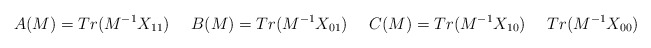
\begin{align*}A(M) = Tr(M^{-1}X_{11}) \ \ \ \ B(M) = Tr(M^{-1}X_{01}) \ \ \ \ C(M) = Tr(M^{-1}X_{10}) \ \ \ \ Tr(M^{-1}X_{00})\\\end{align*}